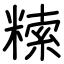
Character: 𥻨